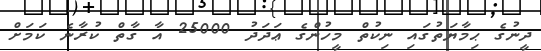
ދީނުގެ ޙިމާޔަތުގައި ނިކުތް މީހުންގެ ޢަދަދު 25000 އާ ގާތް ކުރާނެ ކަމަށް